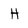
Character: H